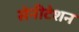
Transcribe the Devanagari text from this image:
सेनीटेशन